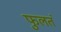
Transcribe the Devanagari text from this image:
फुलतं